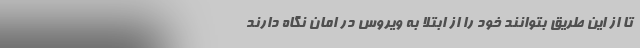
تا از این طریق بتوانند خود را از ابتلا به ویروس در امان نگاه دارند